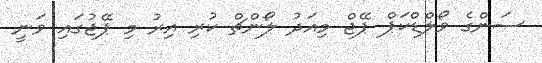
ސަންގެ ވޯލްޑްކަޕް ޕޭޖް މިއަދު ލޯންޗް ކުރި އިރު މި ޕޭޖުގައި ވަނީ